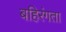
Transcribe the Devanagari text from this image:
बहिरंगता